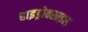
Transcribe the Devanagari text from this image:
हाइड्रोक्साइल